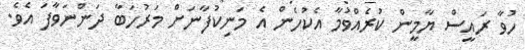
ހުވާ ރައީސް ޔާމީން ކުރެއްވުމާ އެކުހެން އެ މަނިކުފާނަށް މަރުހަބާ ދަންނަވާފަ އެވެ.